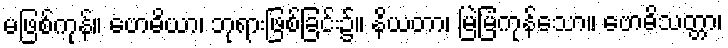
မဖြစ်ကုန်။ ဗောဓိယာ၊ ဘုရားဖြစ်ခြင်း၌။ နိယတာ၊ မြဲမြံကုန်သော။ ဗောဓိသတ္တာ၊